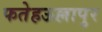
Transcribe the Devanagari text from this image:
फतेहऊल्लापुर